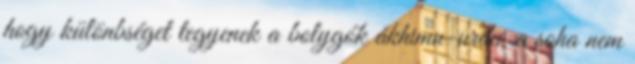
hogy különbséget tegyenek a bolygók ákhimu-urdu, a soha nem